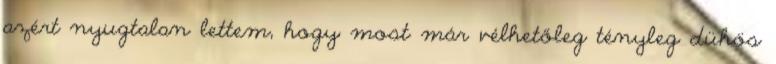
azért nyugtalan lettem, hogy most már vélhetőleg tényleg dühös